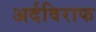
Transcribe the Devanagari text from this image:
अर्दविराफ